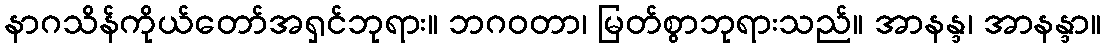
နာဂသိန်ကိုယ်တော်အရှင်ဘုရား။ ဘဂဝတာ၊ မြတ်စွာဘုရားသည်။ အာနန္ဒ၊ အာနန္ဒာ။